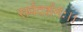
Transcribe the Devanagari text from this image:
सर्वदर्शनः।।